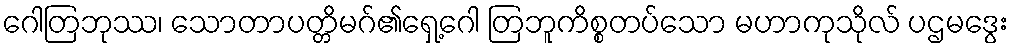
ဂေါတြဘုဿ၊ သောတာပတ္တိမဂ်၏ရှေ့ဂေါ တြဘူကိစ္စတပ်သော မဟာကုသိုလ် ပဌမဒွေး